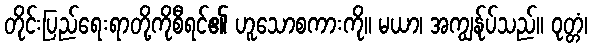
တိုင်းပြည်ရေးရာတို့ကိုစီရင်၏ ဟူသောစကားကို။ မယာ၊ အကျွန်ုပ်သည်။ ဝုတ္တံ၊